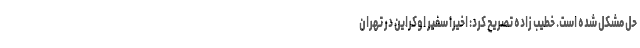
حل مشکل شده است. خطیب زاده تصریح کرد: اخیراً سفیر اوکراین در تهران